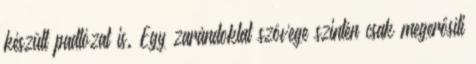
készült padlózat is. Egy zarándoklat szövege szintén csak megerősíti